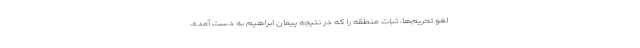
لغو تحریم‌ها، ثبات منطقه را که در نتیجه پیمان ابراهیم به دست آمده،